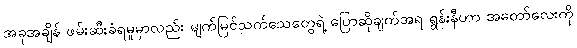
အခုအချိန် ဖမ်းဆီးခံရမှုမှာလည်း မျက်မြင်သက်သေတွေရဲ့ ပြောဆိုချက်အရ ရွန်းနီဟာ အတော်လေးကို